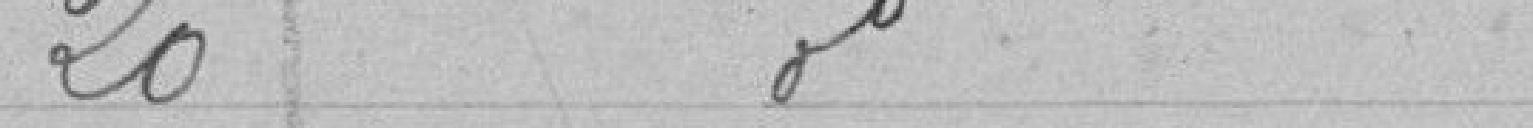
20